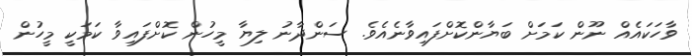
ވާހަކައެއް ނޫން ކަމަށް ބަޔާންކޮށްފައިވާނެއެވެ. ސަންދާނު ލިޔާ މީހުން ކޮށްފައިވާ ކަމަކީ މީހުން